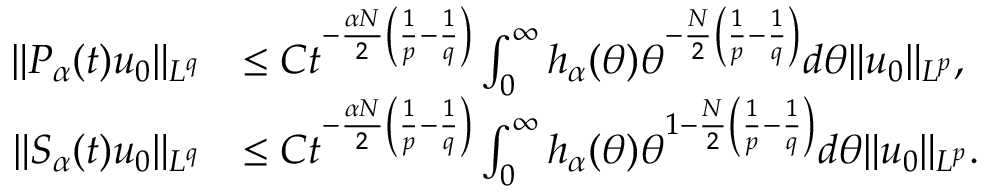
\begin{array} { r l } { \| P _ { \alpha } ( t ) u _ { 0 } \| _ { L ^ { q } } } & { \le C t ^ { - \frac { \alpha N } { 2 } \left( \frac { 1 } { p } - \frac { 1 } { q } \right) } \int _ { 0 } ^ { \infty } h _ { \alpha } ( \theta ) \theta ^ { - \frac { N } { 2 } \left( \frac { 1 } { p } - \frac { 1 } { q } \right) } d \theta \| u _ { 0 } \| _ { L ^ { p } } , } \\ { \| S _ { \alpha } ( t ) u _ { 0 } \| _ { L ^ { q } } } & { \le C t ^ { - \frac { \alpha N } { 2 } \left( \frac { 1 } { p } - \frac { 1 } { q } \right) } \int _ { 0 } ^ { \infty } h _ { \alpha } ( \theta ) \theta ^ { 1 - \frac { N } { 2 } \left( \frac { 1 } { p } - \frac { 1 } { q } \right) } d \theta \| u _ { 0 } \| _ { L ^ { p } } . } \end{array}